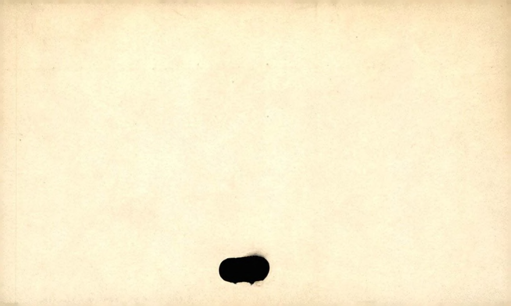
Label: blank